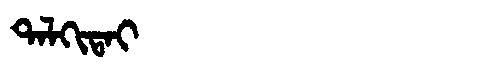
Manchu: ᡨᠠᠯᡴᡳᡨᠠᡳ
Romanization: TALKITAI